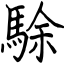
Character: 駼